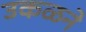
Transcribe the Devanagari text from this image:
उकळने